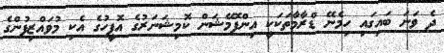
ދެ ވަނަ ބައިގައި ހިމެނޭ ޑްރާމާތަކަކީ އިންފޮމޭޝަން ކޮމިޝަނަރުގެ އޮފީހުގެ އެކި މުވައްޒިފުންގެ